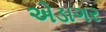
એડાગર